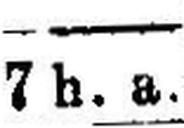
7 h. a.